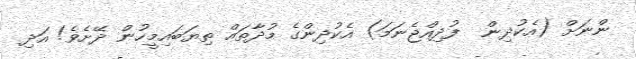
ންނަށް (އެކުދިން  ފުދިއްޖެނަމަ) އެކުދިންގެ މުދާތައް ތިޔަބައިމީހުން ދޭށެވެ! އަދި